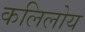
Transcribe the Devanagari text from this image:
कलिलोय